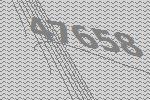
47658